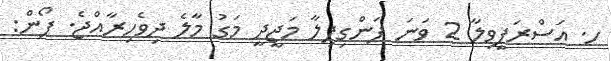
ހ. އަސްރަފީވިލާ 2 ވަނަ ފަންގިފިލާ މަޖީދީ މަގު މާލެ ދިވެހިރާއްޖެ. ފޯން: